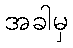
အခါမှ